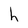
Character: h